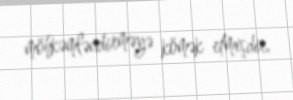
möhkəmləndirməyə kömək etmişdir.